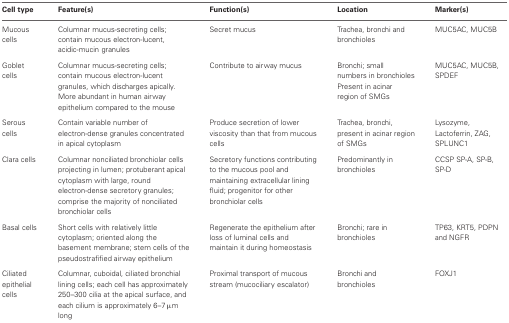
<table><thead><tr><td><b>Cell type</b></td><td><b>Feature(s)</b></td><td><b>Function(s)</b></td><td><b>Location</b></td><td><b>Marker(s)</b></td></tr></thead><tbody><tr><td>Mucous cells</td><td>Columnar mucus-secreting cells; contain mucous electron-lucent, acidic-mucin granules</td><td>Secret mucus</td><td>Trachea, bronchi and bronchioles</td><td>MUC5AC, MUC5B</td></tr><tr><td>Goblet cells</td><td>Columnar mucus-secreting cells; contain mucous electron-lucent granules, which discharges apically. More abundant in human airway epithelium compared to the mouse</td><td>Contribute to airway mucus</td><td>Bronchi; small numbers in bronchioles Present in acinar region of SMGs</td><td>MUC5AC, MUC5B, SPDEF</td></tr><tr><td>Serous cells</td><td>Contain variable number of electron-dense granules concentrated in apical cytoplasm</td><td>Produce secretion of lower viscosity than that from mucous cells</td><td>Trachea, bronchi, present in acinar region of SMGs</td><td>Lysozyme, Lactoferrin, ZAG, SPLUNC1</td></tr><tr><td>Clara cells</td><td>Columnar nonciliated bronchiolar cells projecting in lumen; protuberant apical cytoplasm with large, round electron-dense secretory granules; comprise the majority of nonciliated bronchiolar cells</td><td>Secretory functions contributing to the mucous pool and maintaining extracellular lining fluid; progenitor for other bronchiolar cells</td><td>Predominantly in bronchioles</td><td>CCSP SP-A, SP-B, SP-D</td></tr><tr><td>Basal cells</td><td>Short cells with relatively little cytoplasm; oriented along the basement membrane; stem cells of the pseudostrafified airway epithelium</td><td>Regenerate the epithelium after loss of luminal cells and maintain it during homeostasis</td><td>Bronchi; rare in bronchioles</td><td>TP63, KRT5, PDPN and NGFR</td></tr><tr><td>Ciliated epithelial cells</td><td>Columnar, cuboidal, ciliated bronchial lining cells; each cell has approximately 250–300 cilia at the apical surface, and each cilium is approximately 6–7 μm long</td><td>Proximal transport of mucous stream (mucociliary escalator)</td><td>Bronchi and bronchioles</td><td>FOXJ1</td></tr></tbody></table>